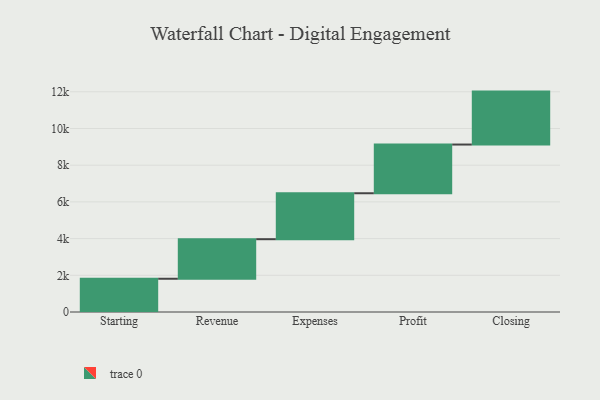
{"axis": {"x": "Step", "y": "Value"}, "legend": [""], "data": [{"x": "Starting", "y": 1812.0, "type": ""}, {"x": "Revenue", "y": 2155.0, "type": ""}, {"x": "Expenses", "y": 2504.0, "type": ""}, {"x": "Profit", "y": 2654.0, "type": ""}, {"x": "Closing", "y": 2885.0, "type": ""}]}